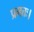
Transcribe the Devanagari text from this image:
प्रमत्तः।